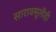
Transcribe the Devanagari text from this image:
सारावसूलीही